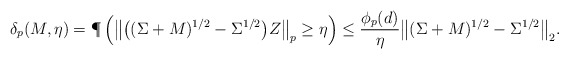
\begin{align*} \delta_{p}(M,\eta) &= \P\left( \big\|\big((\Sigma +M)^{1/2}- \Sigma^{1/2}\big) Z\big\|_p \geq \eta \right) \leq \frac{\phi_p(d)} {\eta} \big\|(\Sigma +M)^{1/2}- \Sigma^{1/2}\big\|_2.\end{align*}